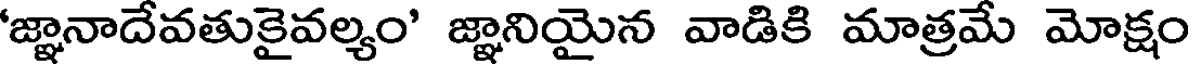
'జ్ఞానాదేవతుకైవల్యం' జ్ఞానియైన వాడికి మాత్రమే మోక్షం